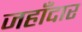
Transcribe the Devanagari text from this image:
जहाँदार